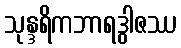
သုန္ဒရိကဘာရဒွါဇဿ